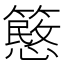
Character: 𥴲